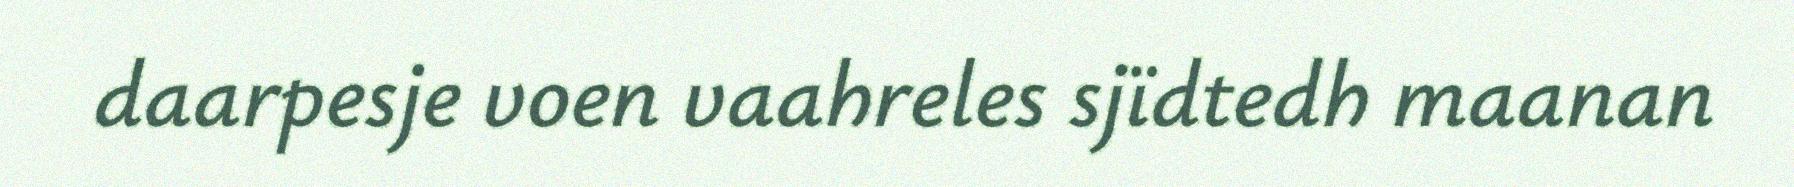
daarpesje voen vaahreles sjïdtedh maanan